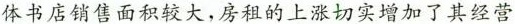
体书店销售面积较大，房租的上涨切实增加了其经营